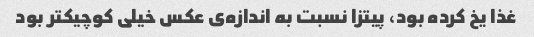
غذا یخ کرده بود، پیتزا نسبت به اندازه‌ی عکس خیلی کوچیکتر بود